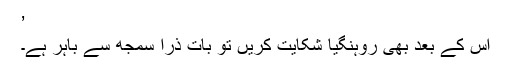
’
اس کے بعد بھی روہنگیا شکایت کریں تو بات ذرا سمجھ سے باہر ہے۔